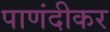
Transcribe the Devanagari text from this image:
पाणंदीकर